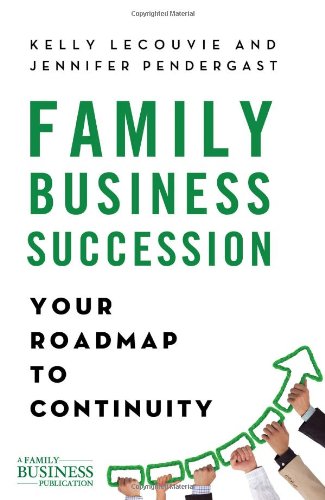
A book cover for Family Business Succession: Your Roadmap to Continuity (A Family Business Publication); Kelly LeCouvie; Business & Money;